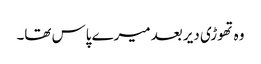
وہ تھوڑی دیر بعد میرے پاس تھا۔